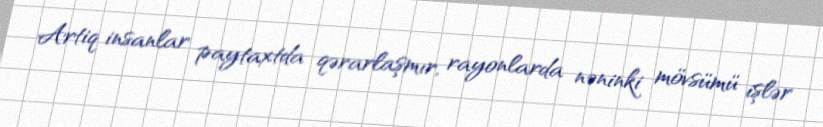
Artiq insanlar paytaxtda qərarlaşmır, rayonlarda nəninki mövsümü işlər